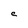
Character: C